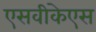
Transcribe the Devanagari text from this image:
एसवीकेएस